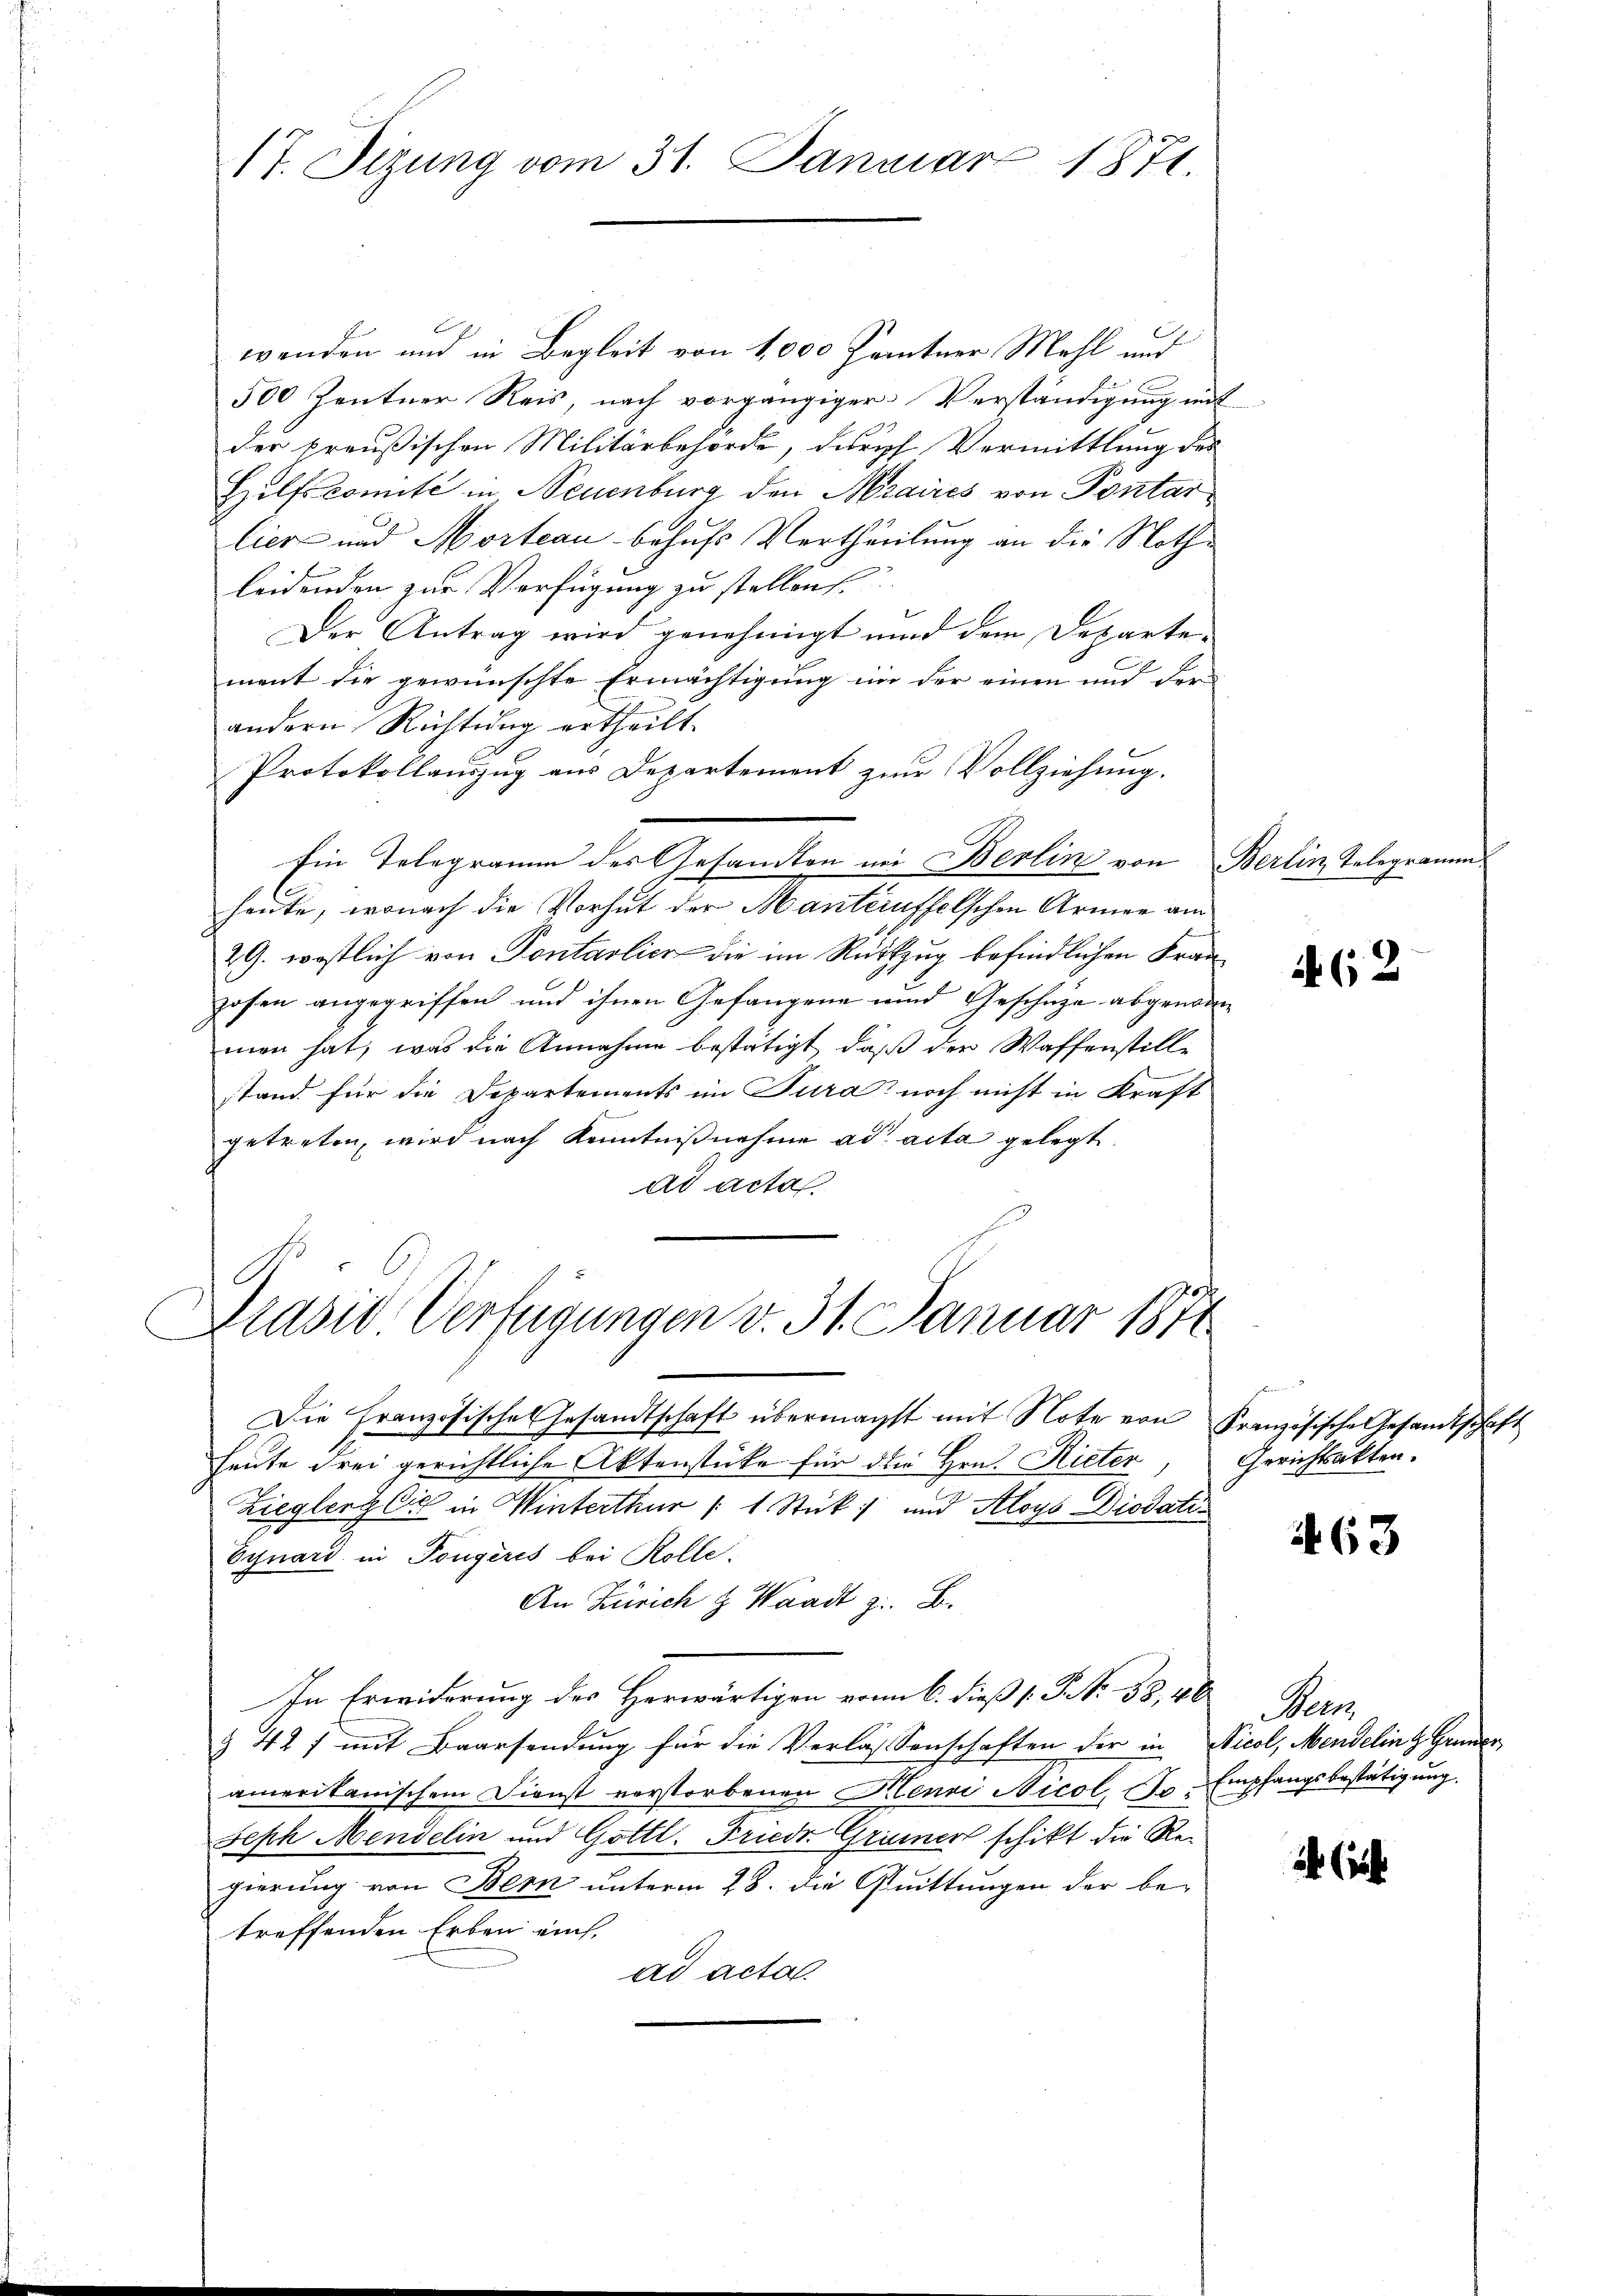
17. Sizung vom 31. Januar 1871.

wenden und in Begleit von 1,000 Zentner Mehl und
500 Zentner Reis, nach vorgängiger Verständigung mit
der preußischen Militärbehörde, durch Vermittlung des
Hilfscomité in Neuenburg den Maires von Pontar
lier und Morteau behufs Vertheilung an die Nothleidenden zur Verfügung zu stellen
Der Antrag wird genehmigt und dem Departement die gewünschte Ermächtigung in der einen und der
andern Richtung ertheilt.
Protokollauszug aus Departement zur Vollziehung.
Ein Telegramm des Gesandten im Berlin von Berlin Telegramm,
heute, wonach die Vorhut der Manteuffelschen Armen am
29. westlich von Pontarlich die im Rückzug befindlichen Fran
hofen angegriffen und ihnen Gefangene und Geschätze abgenomm
men hat, was die Annahme bestätigt, daß der Waffenstille
stand für die Departements im Tura noch nicht in Kraft
getreten, wird nach Kenntnißnahme ad acta gelegt.
ad acta

Die Französisches Gesandtschaft übermachst mit Note von Französische Gesandtschaft
heute drei gerichtliche Aktenstücke für die Hrn. Rieter
Zieglenz Cie in Winterthur 1 Stück und Aloys Diodatir
Eynard in Tongères bei Rolle.
An Zürich & Waadt z. B.
In Erwiderung des Herwärtigen vom 6. dieß (N. N. 33, 40
d
§ 42 f mit Baarsendung für die Verlassenschaften der in Nicol, Mendelin & Gruner
amerikanischem Dienst verstorbenen Menri Nicol, in Empfangsbestätigung.
Seph Mendelin und Gottl. Friede Grüner schikt die Re-
gierung von Bem unterm 28. die Quittungen der be-
treffenden Erben ein,
ad acta.

Drasio Verfügungen v. 31. Januar 1871

62

Gerichtsakten.

463

Nei

2